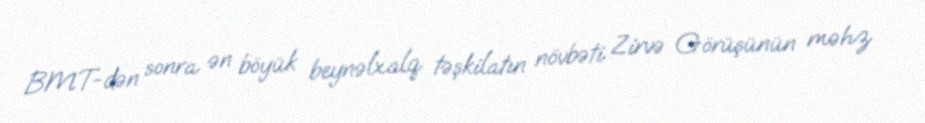
BMT-dən sonra ən böyük beynəlxalq təşkilatın növbəti Zirvə Görüşünün məhz